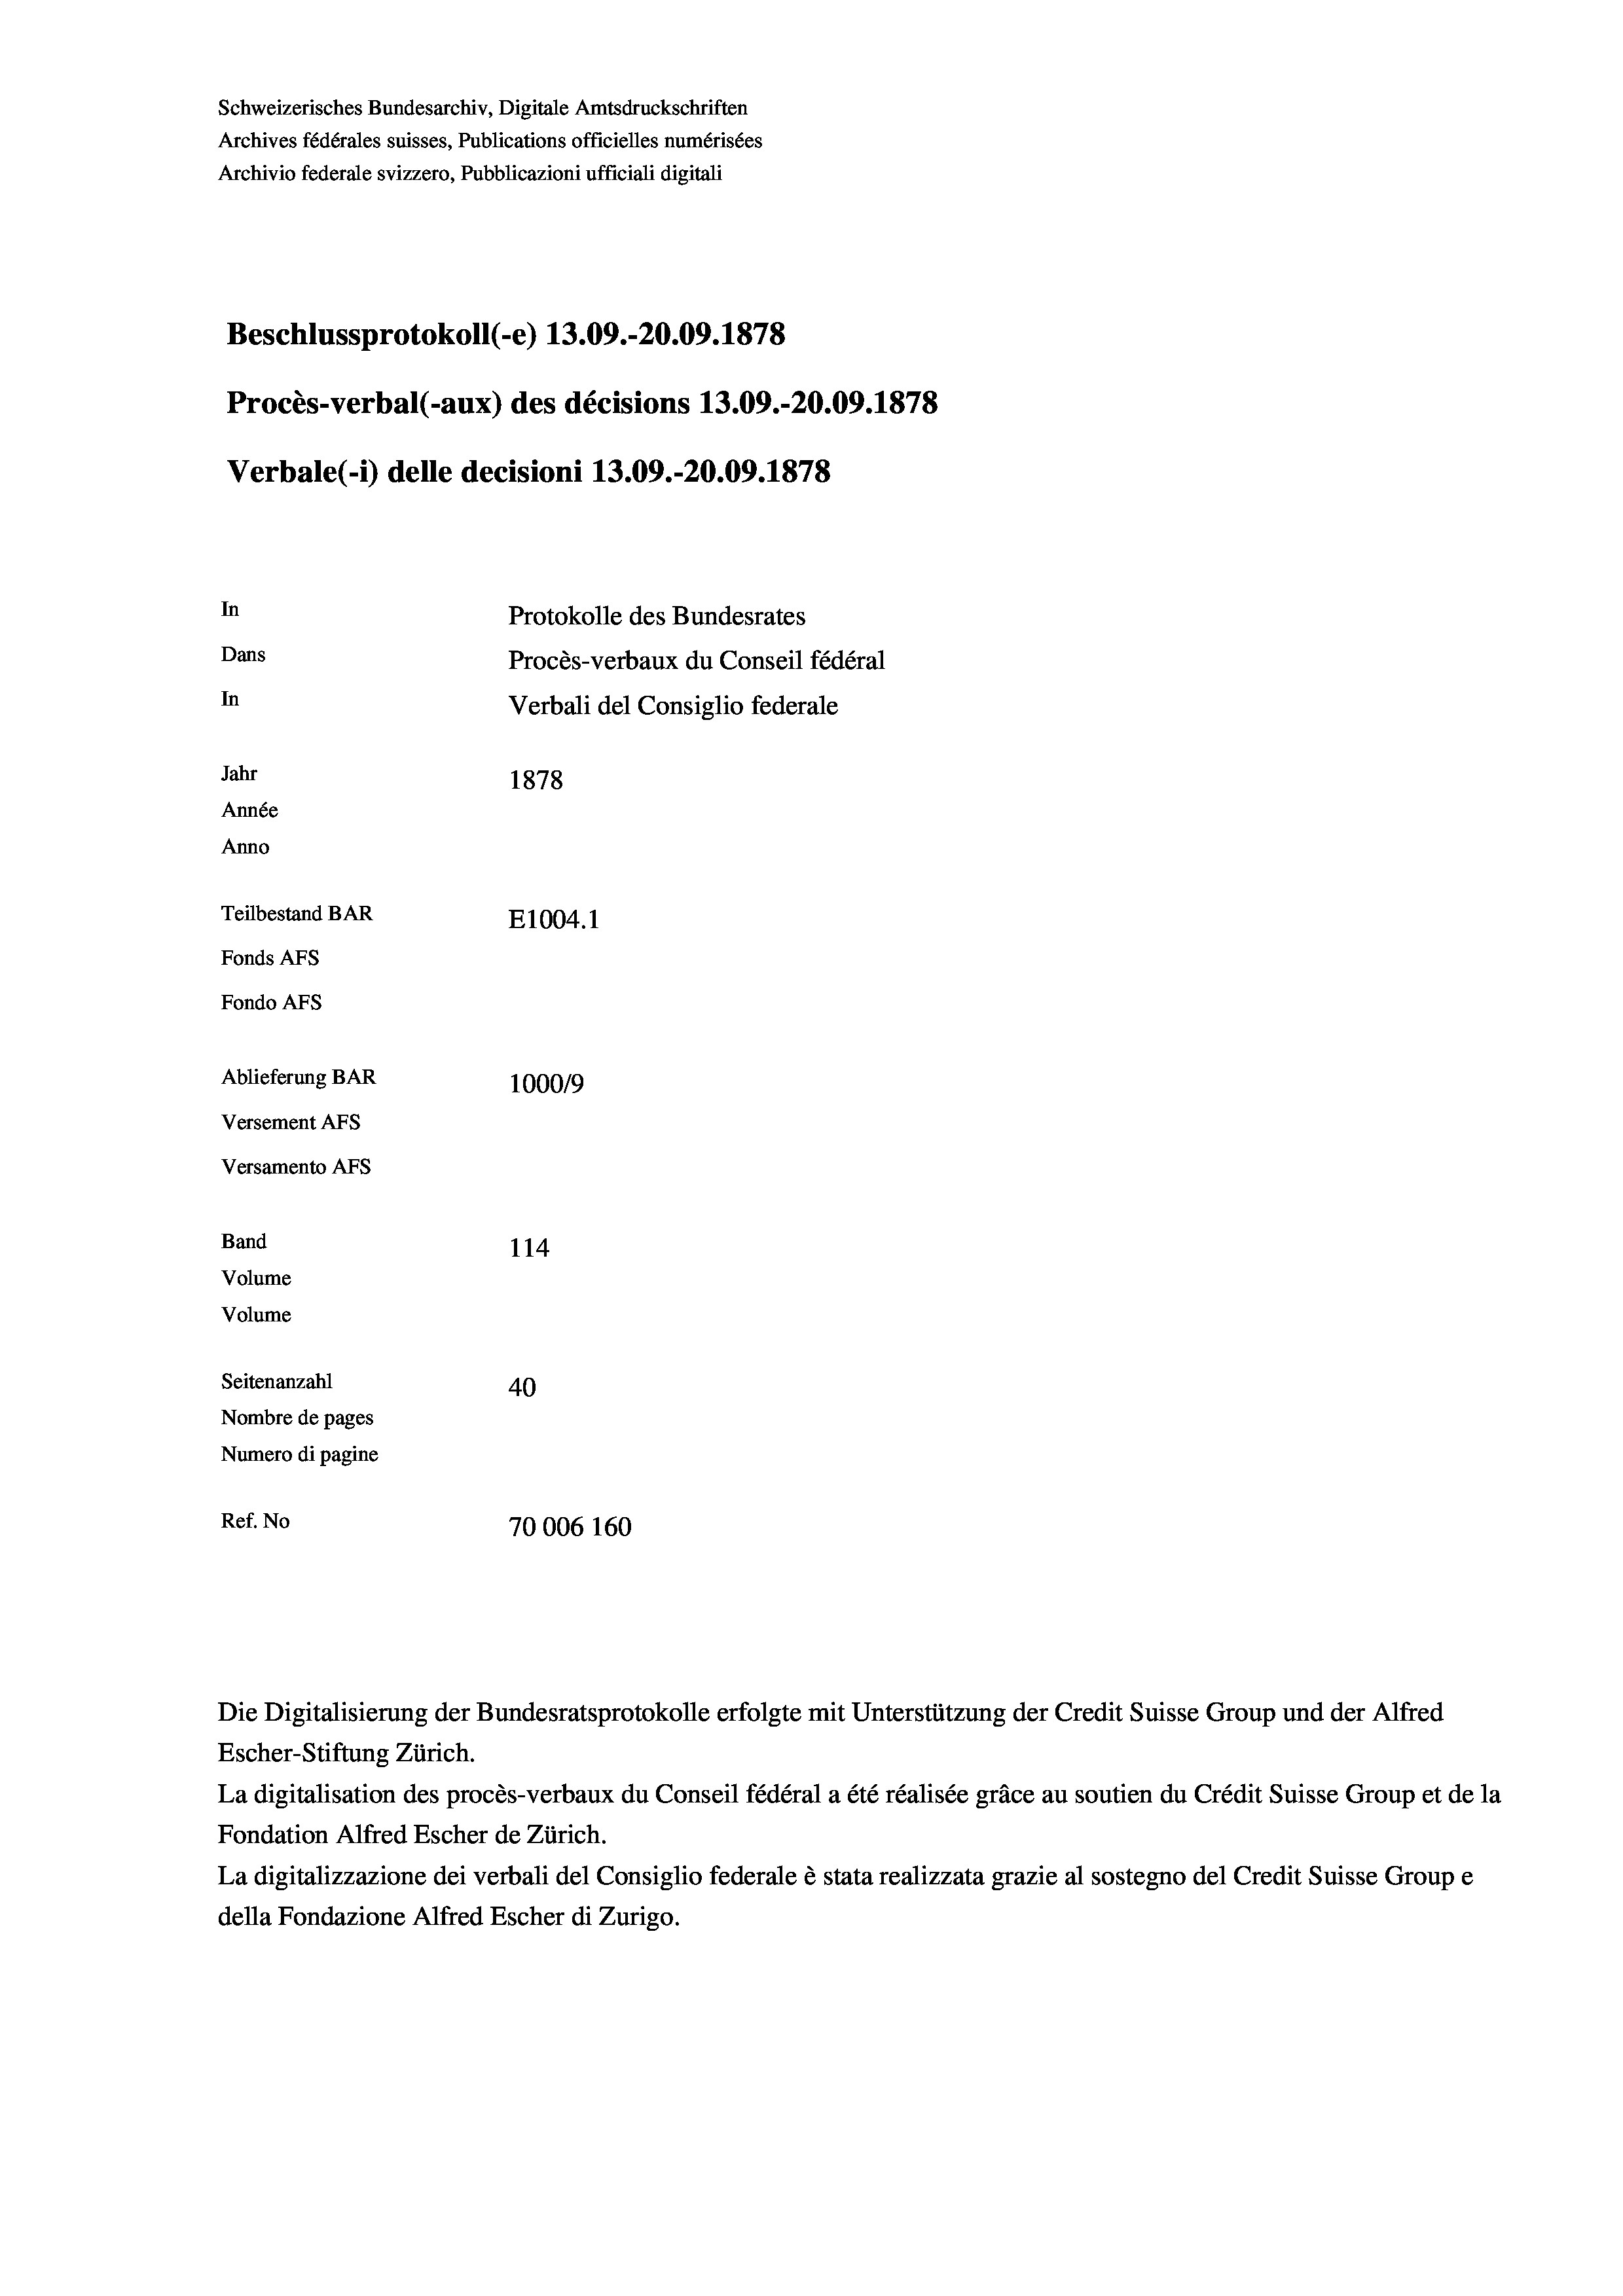
Schweizerisches Bundesarchiv, Digitale Amtsdruckschriften
Archives fédérales suisses, Publications officielles numérisées
Archivio federale svizzero, Pubblicazioni ufficiali digitali
Beschlussprotokoll (-e) 13.09.-20.09. 1878
Procès-verbal (-aux) des décisions 13.09.-20.09. 1878
Verbale(*) delle decisioni 13.09.-20.09. 1878
In
Protokolle des Bundesrates
Dans
Procès-verbaux du Conseil fédéral
In
Verbali del Consiglio federale
Jahr
1878
Année
Anno
Teilbestand BAR
E1004. 1
Fonds AFs
Fondo AFS
Ablieferung BAR
100019
Versement AFs
Versamento AFS
Band
114
Volume
Volume

Ref. No

Seitenanzahl
40
Nombre de pages
Numero di pagine
70006 160

Escher-Stiftung Zürich.
La digitalisation des procès-verbaux du Conseil fédéral a été réalisée gräce au soutien du Crédit Suisse Group et de la
Fondation Alfred Escher de Zürich.
La digitalizzazione dei verbali del Consiglio federale è stata realizzata grazie al sostegno del Credit Suisse Groupe
della Fondazione Alfred Escher di Zurigo.

Die Digitalisierung der Bundesratsprotokolle erfolgte mit Unterstützung der Credit Suisse Group und der Alfred